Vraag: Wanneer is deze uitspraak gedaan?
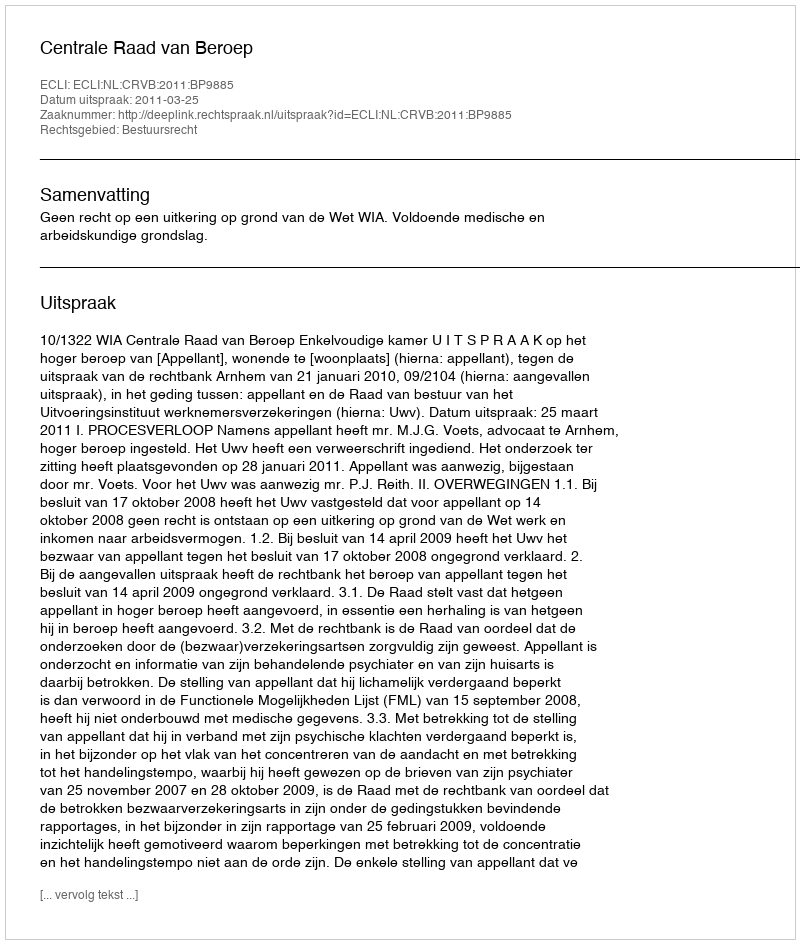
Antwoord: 2011-03-25